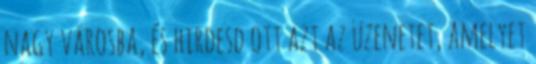
nagy városba, és hirdesd ott azt az üzenetet, amelyet